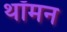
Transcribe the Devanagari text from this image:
थॉमन